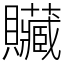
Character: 贜